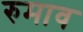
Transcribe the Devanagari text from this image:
रुमाव